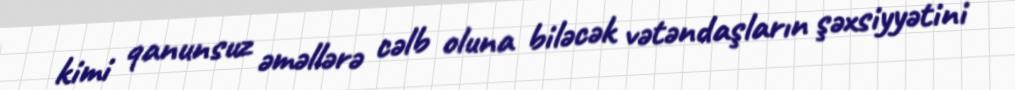
kimi qanunsuz əməllərə cəlb oluna biləcək vətəndaşların şəxsiyyətini